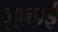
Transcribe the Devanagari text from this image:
जुळाई